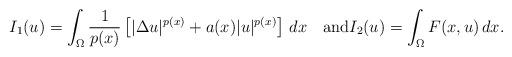
LaTeX: \begin{align*}I_1(u)=\int_{\Omega }\frac{1}{p(x)}\left[ | \Delta u| ^{p(x)}+a(x) | u| ^{p(x)}\right] \,dx\quad\mbox{and}I_2(u)=\int_{\Omega}F(x,u)\,dx.\end{align*}